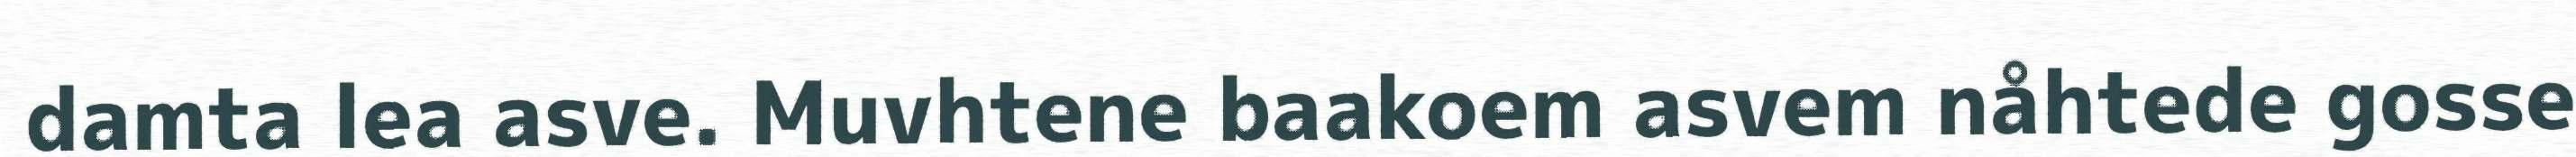
damta lea asve. Muvhtene baakoem asvem nåhtede gosse